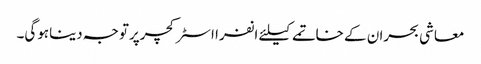
معاشی بحران کے خاتمے کیلئے انفرا اسٹرکچرپرتوجہ دیناہوگی۔